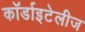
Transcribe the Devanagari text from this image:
कॉर्डाइटेलीज